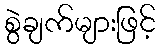
စွဲချက်များဖြင့်